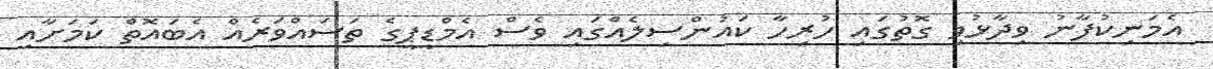
އެމަނިކުފާނު ވިދާޅުވި ގޮތުގައި ހުރިހާ ކައުންސިލެއްގައި ވެސް އެމްޑީޕީގެ ތަސައްވަރެއް އެބައޮތް ކަމަށާއި